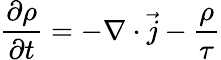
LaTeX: \frac{\partial\rho}{\partial t}=-\nabla\cdot\vec{j}-\frac{\rho}{\tau}